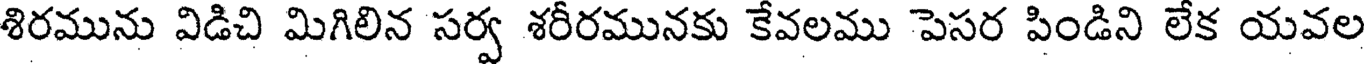
శిరమును విడిచి మిగిలిన సర్వ శరీరమునకు కేవలము పెసర పిండిని లేక యవల